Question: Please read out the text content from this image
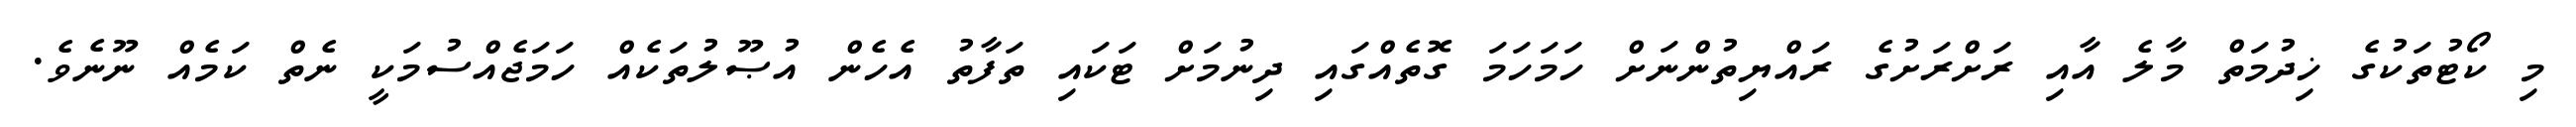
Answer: މި ކޯޓުތަކުގެ ޚިދުމަތް މާލެ އާއި ރަށްރަށުގެ ރައްޔިތުންނަށް ހަމަހަމަ ގޮތެއްގައި ދިނުމަށް ޓަކައި ތަފާތު އެހެން އުޞޫލުތަކެއް ހަމަޖެއްސުމަކީ ނެތް ކަމެއް ނޫނެވެ.